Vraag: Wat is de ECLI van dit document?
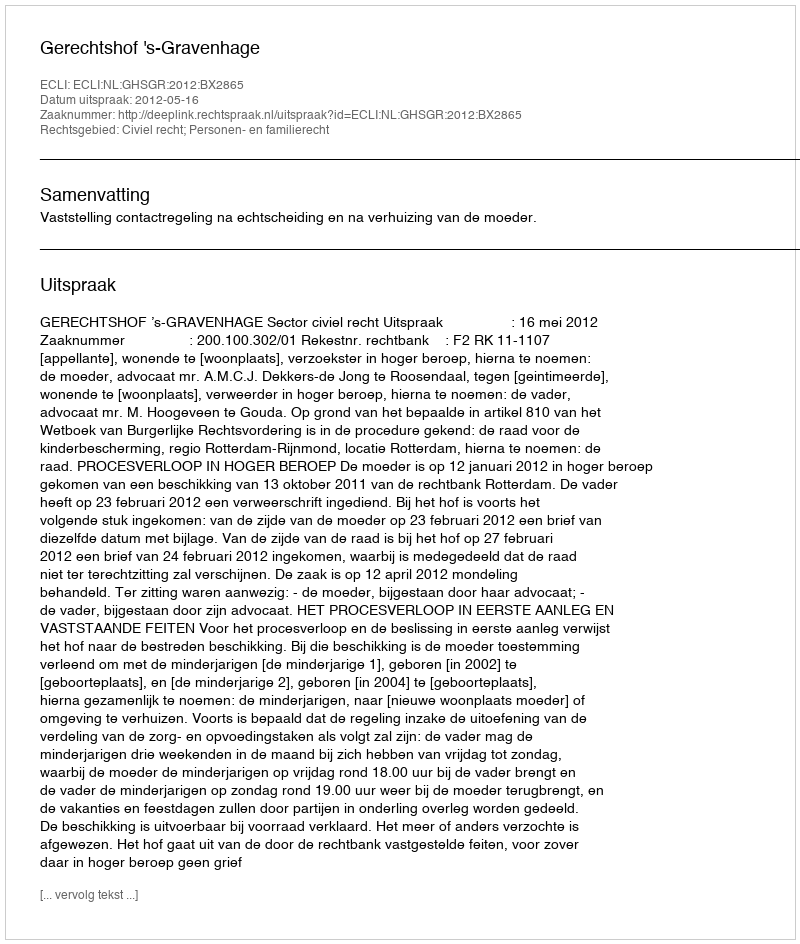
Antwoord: ECLI:NL:GHSGR:2012:BX2865